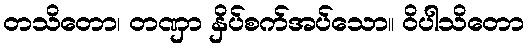
တသိတော၊ တဏှာ နှိပ်စက်အပ်သော။ ဝိပါသိတော